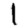
Digit: 1